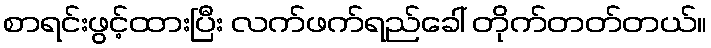
စာရင်းဖွင့်ထားပြီး လက်ဖက်ရည်ခေါ် တိုက်တတ်တယ်။